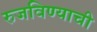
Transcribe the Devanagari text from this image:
रुजविण्याची